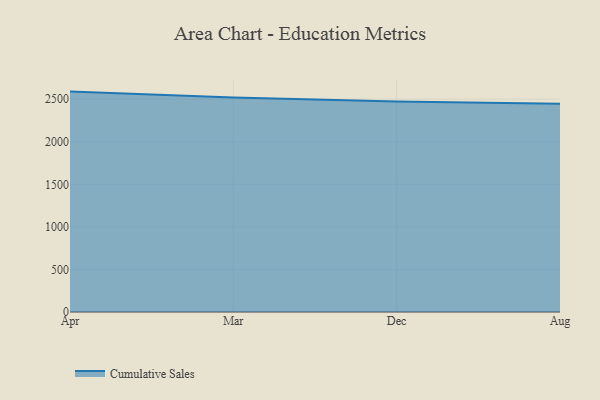
{"axis": {"x": "Month", "y": "Tickets Resolved"}, "legend": ["Cumulative Sales"], "data": [{"x": "Apr", "y": 2588.9, "type": "Cumulative Sales"}, {"x": "Mar", "y": 2519.6, "type": "Cumulative Sales"}, {"x": "Dec", "y": 2471.4, "type": "Cumulative Sales"}, {"x": "Aug", "y": 2446.9, "type": "Cumulative Sales"}]}